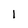
Character: l